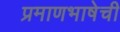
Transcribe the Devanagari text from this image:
प्रमाणभाषेची